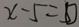
x - 5 = 0